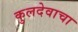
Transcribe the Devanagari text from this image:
कुलदेवाचा